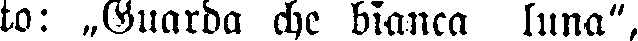
to: „Guarda che bianca luna",